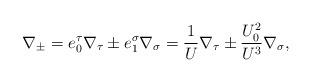
LaTeX: \begin{align*}\nabla_\pm = e^\tau _0\nabla_\tau \pm e^\sigma _1\nabla_\sigma =\frac{1}{U}\nabla_\tau \pm \frac{U_0 ^2}{U^3}\nabla_\sigma ,\end{align*}